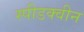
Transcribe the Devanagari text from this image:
स्पीडक्वीन